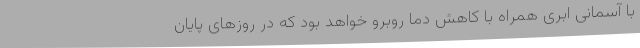
با آسمانی ابری همراه با کاهش دما روبرو خواهد بود که در روزهای پایان